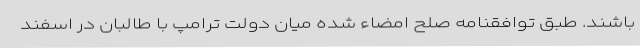
باشند. طبق توافقنامه صلح امضاء شده میان دولت ترامپ با طالبان در اسفند